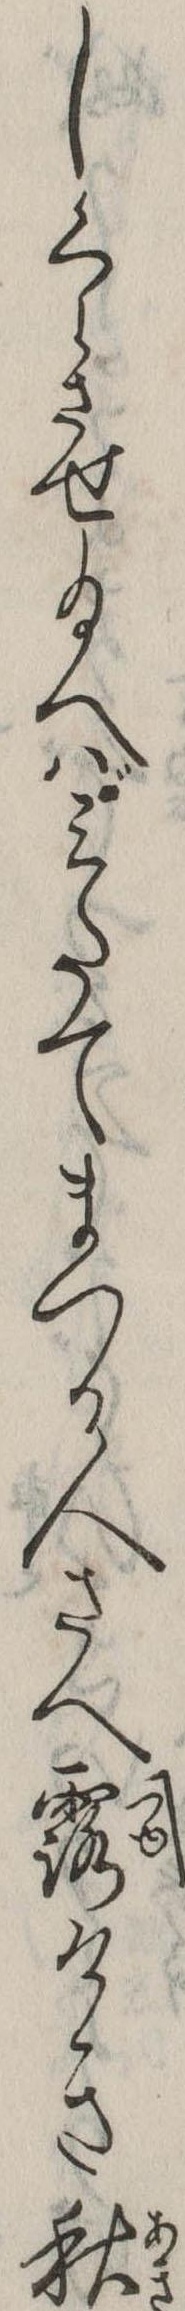
しくらさせ給へばみたてまつる人さへ露けき秋